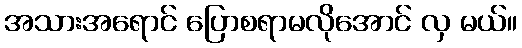
အသားအရောင် ပြောစရာမလိုအောင် လှ မယ်။